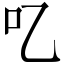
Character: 𠮙